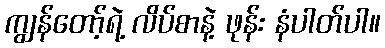
ကျွန်တော့်ရဲ့ လိပ်စာနဲ့ ဖုန်း နံပါတ်ပါ။